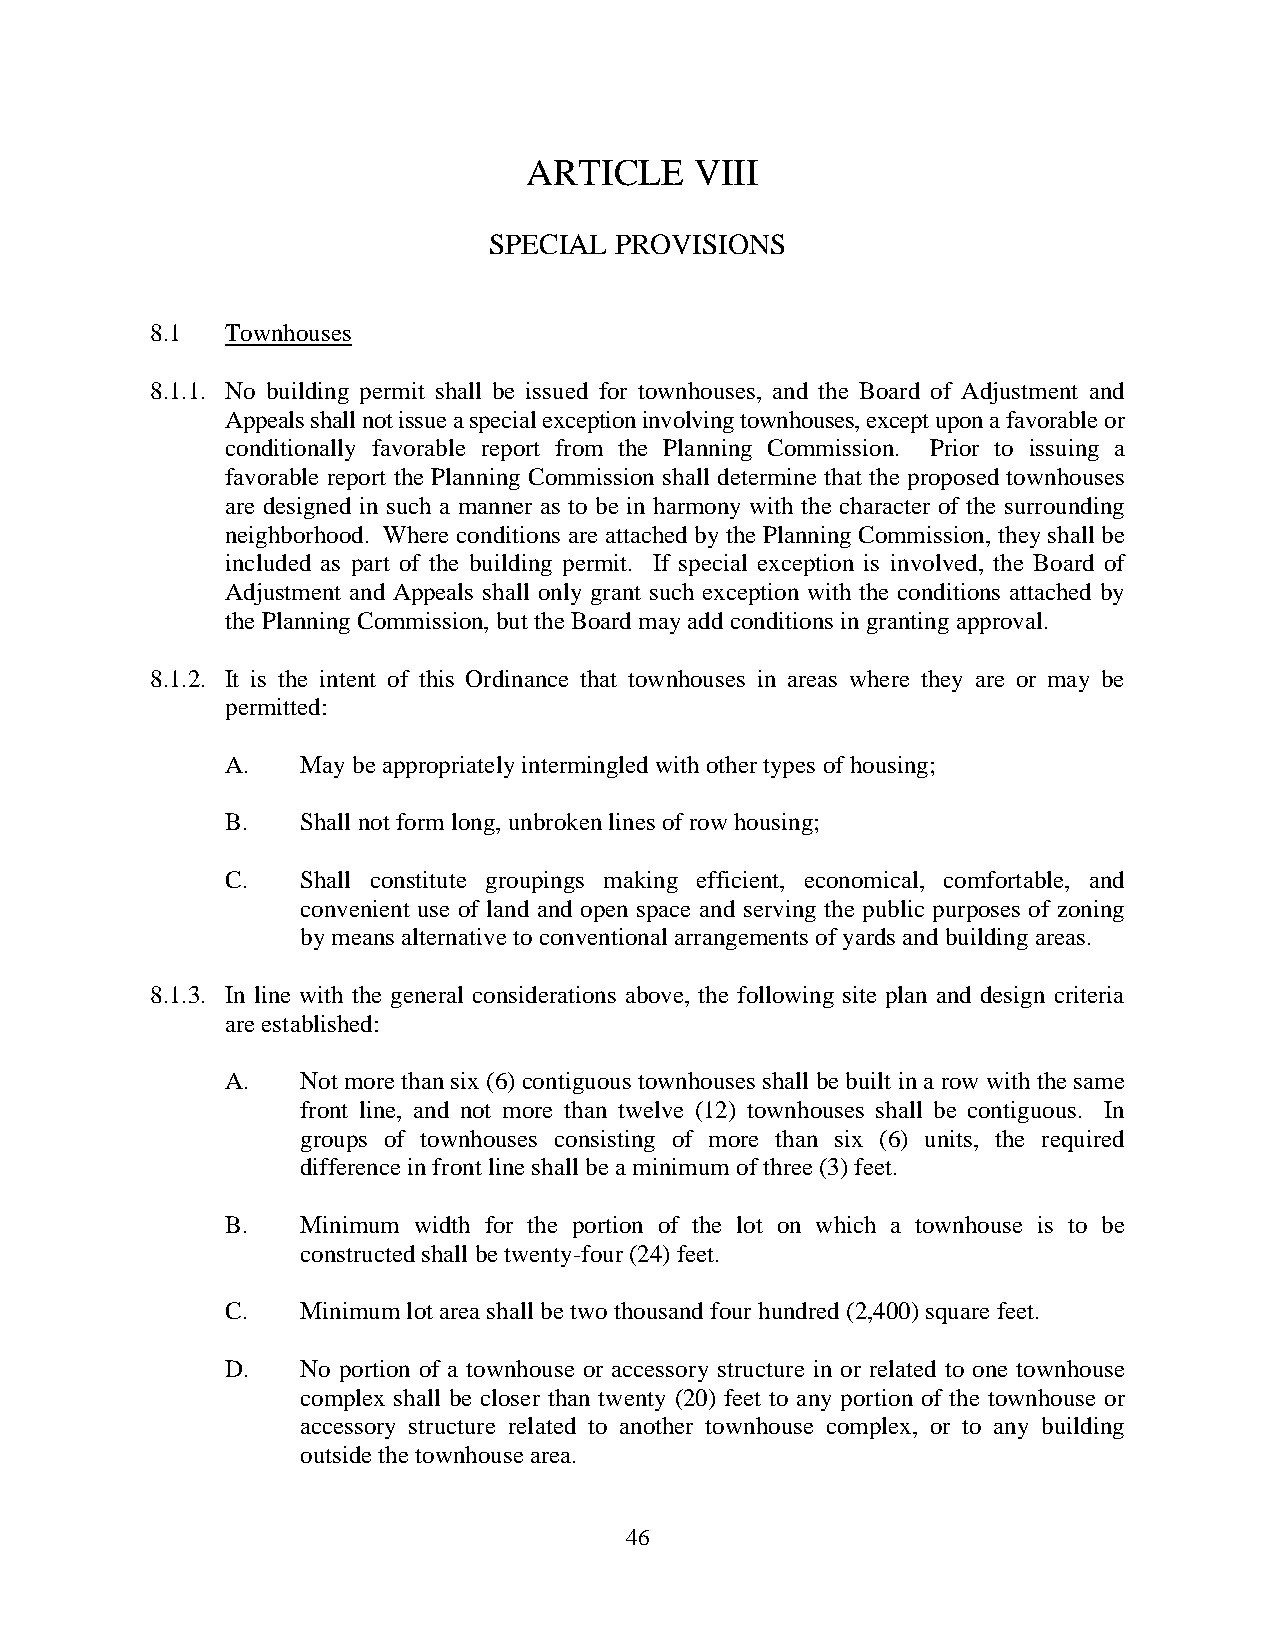
ARTICLE    VIII
 SPECIAL  PROVISIONS
 8.1  Townhouses
 8.1.1. No building permit shall be issued for townhouses, and the Board of Adjustment and
 Appeals shall not issue a special exception involving townhouses, except upon a favorable or
 conditionally favorable report from the Planning Commission. Prior to issuing a
 favorable report the Planning Commission shall determine that the proposed townhouses
 are designed in such a manner as to be in harmony with the character of the surrounding
 neighborhood. Where conditions are attached by the Planning Commission, they shall be
 included as part of the building permit. If special exception is involved, the Board of
 Adjustment and Appeals shall only grant such exception with the conditions attached by
 the Planning Commission, but the Board may add conditions in granting approval.
 8.1.2. It is the intent of this Ordinance that townhouses in areas where they are or may be
 permitted:
 A.   May be appropriately intermingled with other types of housing;
 B.   Shall not form long, unbroken lines of row housing;
 C.   Shall constitute groupings making efficient, economical, comfortable, and
 convenient use of land and open space and serving the public purposes of zoning
 by means alternative to conventional arrangements of yards and building areas.
 8.1.3. In line with the general considerations above, the following site plan and design criteria
 are established:
 A.   Not more than six (6) contiguous townhouses shall be built in a row with the same
 front line, and not more than twelve (12) townhouses shall be contiguous. In
 groups of townhouses consisting of more than six (6) units, the required
 difference in front line shall be a minimum of three (3) feet.
 B.   Minimum width for the portion of the lot on which a townhouse is to be
 constructed shall be twenty-four (24) feet.
 C.   Minimum lot area shall be two thousand four hundred (2,400) square feet.
 D.   No portion of a townhouse or accessory structure in or related to one townhouse
 complex shall be closer than twenty (20) feet to any portion of the townhouse or
 accessory structure related to another townhouse complex, or to any building
 outside the townhouse area.
 46